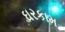
ઘરકામ